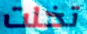
تخلت